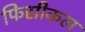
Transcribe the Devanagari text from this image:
फिसीकल